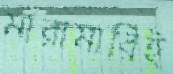
মারামারিই